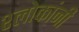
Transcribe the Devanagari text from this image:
श्लोकांनी